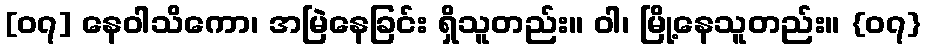
[၀၇] နေဝါသိကော၊ အမြဲနေခြင်း ရှိသူတည်း။ ဝါ၊ မြို့နေသူတည်း။ {၀၇}